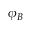
\phi _ { B }